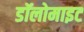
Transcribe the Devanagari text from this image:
डॉलोमाइट